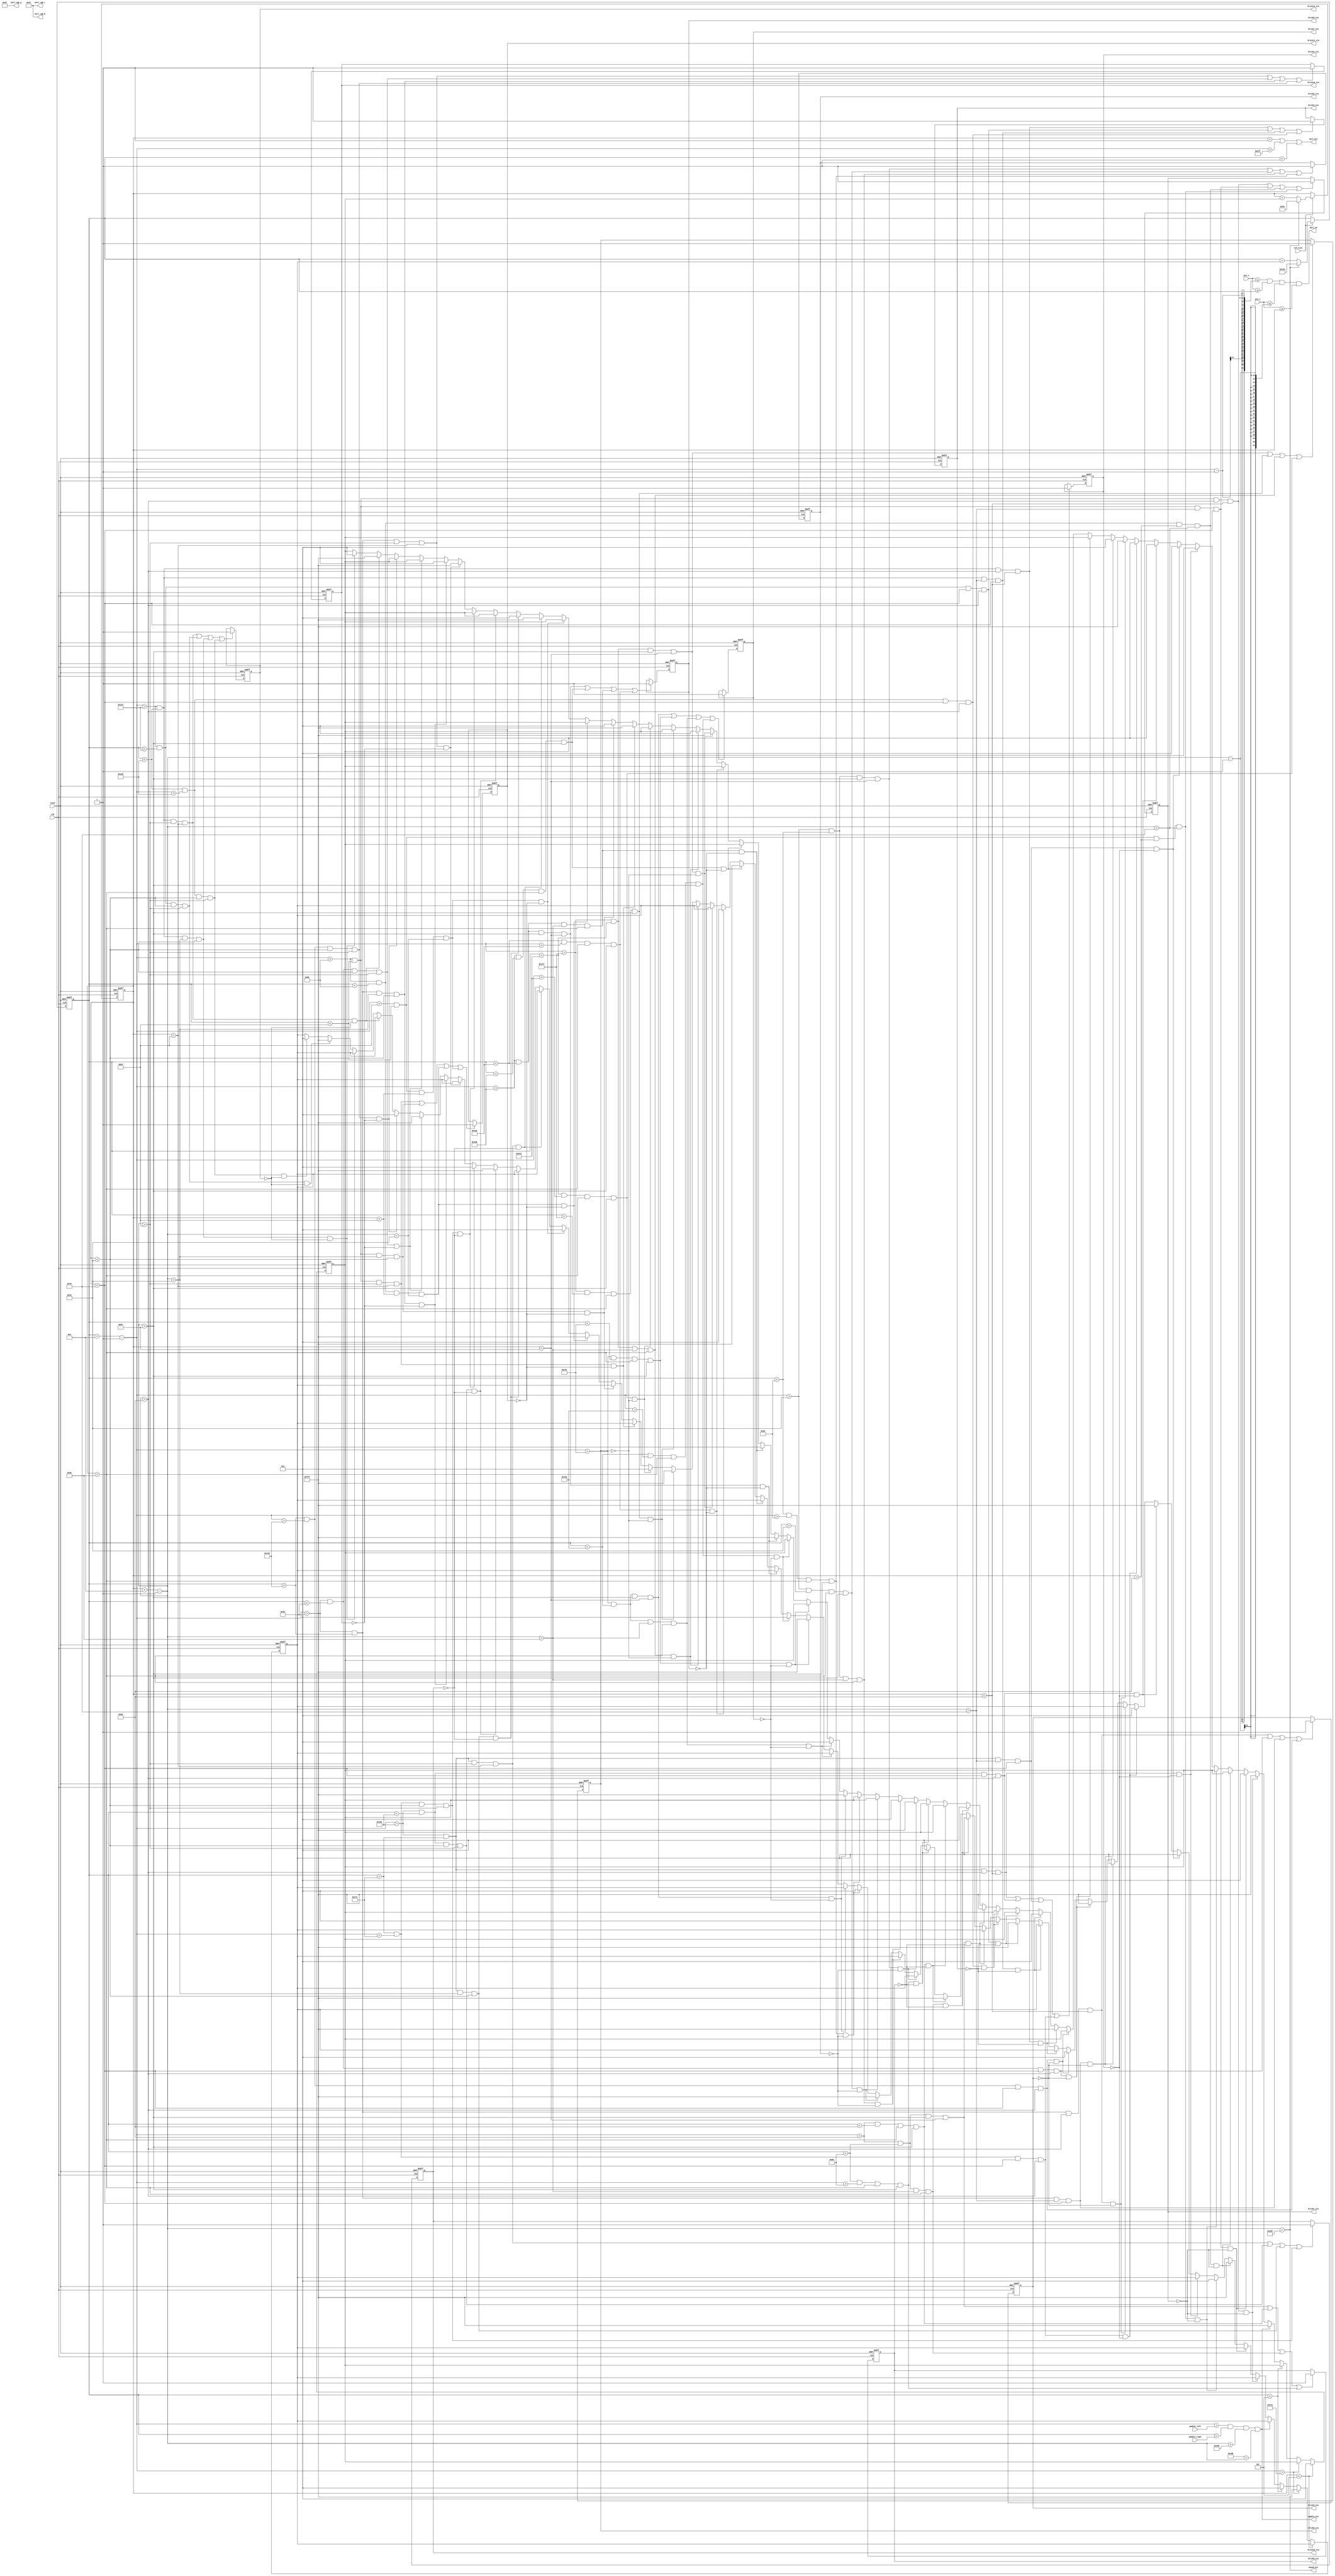
module ball
	#(
		parameter BALL_VEL_P = 1,
		parameter BALL_VEL_N = -1,
		parameter BALL_SIZE = 8,
		parameter MIN_X = 0,
		parameter MIN_Y = 0,
		parameter MAX_X = 640,
		parameter MAX_Y = 480,
		parameter LOWER_LIMIT_X = 5,
		parameter UPPER_LIMIT_X = 635,
		parameter LOWER_LIMIT_Y = 5,
		parameter UPPER_LIMIT_Y = 479,
		parameter BALL_COLOR_r = 5'b11111,
		parameter BALL_COLOR_g = 6'b111111,
		parameter BALL_COLOR_b = 5'b11111,
		parameter PADDLE_SIZE = 64,
		parameter PADDLE_WIDTH = 5,
		//parameter LEFT_PADDLE_X_LOW = 6,
		parameter PADDLE_Y_LOW  = 470,
		
		parameter BRICK1_LEFT = 150,
		parameter BRICK1_RIGHT = 180,
		parameter BRICK1_UP = 100,
		parameter BRICK1_DOWN = 120,
		
		
		parameter BRICK2_LEFT = 350,
		parameter BRICK2_RIGHT = 380,
		parameter BRICK2_UP = 100,
		parameter BRICK2_DOWN = 120,
		
		parameter BRICK3_LEFT = 250,
		parameter BRICK3_RIGHT = 280,
		parameter BRICK3_UP = 100,
		parameter BRICK3_DOWN = 120,
		
		parameter BRICK4_LEFT = 450,
		parameter BRICK4_RIGHT = 480,
		parameter BRICK4_UP = 100,
		parameter BRICK4_DOWN = 120,
		
		parameter BRICK5_LEFT = 100,
		parameter BRICK5_RIGHT = 130,
		parameter BRICK5_UP = 140,
		parameter BRICK5_DOWN = 160,
		
		parameter BRICK6_LEFT = 200,
		parameter BRICK6_RIGHT = 230,
		parameter BRICK6_UP = 140,
		parameter BRICK6_DOWN = 160,
		
		parameter BRICK7_LEFT = 300,
		parameter BRICK7_RIGHT = 330,
		parameter BRICK7_UP = 140,
		parameter BRICK7_DOWN = 160,
		
		parameter BRICK8_LEFT = 400,
		parameter BRICK8_RIGHT = 430,
		parameter BRICK8_UP = 140,
		parameter BRICK8_DOWN = 160,
		
		parameter BRICK9_LEFT = 500,
		parameter BRICK9_RIGHT = 530,
		parameter BRICK9_UP = 140,
		parameter BRICK9_DOWN = 160,
		
		parameter BRICK11_LEFT = 150,
		parameter BRICK11_RIGHT = 180,
		parameter BRICK11_UP = 180,
		parameter BRICK11_DOWN = 200,
		
		
		parameter BRICK12_LEFT = 350,
		parameter BRICK12_RIGHT = 380,
		parameter BRICK12_UP = 180,
		parameter BRICK12_DOWN = 200,
		
		parameter BRICK13_LEFT = 250,
		parameter BRICK13_RIGHT = 280,
		parameter BRICK13_UP = 180,
		parameter BRICK13_DOWN = 200,
		
		parameter BRICK14_LEFT = 450,
		parameter BRICK14_RIGHT = 480,
		parameter BRICK14_UP = 180,
		parameter BRICK14_DOWN = 200
		
		)
	(
		output wall_hit, paddle_hit , 
		output brick1_vis , brick2_vis, brick3_vis, brick4_vis , brick5_vis , brick6_vis, brick7_vis, brick8_vis , brick9_vis, brick11_vis , brick12_vis, brick13_vis, brick14_vis,
		//output brick1_hit , brick2_hit, brick3_hit, brick4_hit , brick5_hit , brick6_hit, brick7_hit, brick8_hit , brick9_hit, brick11_hit , brick12_hit, brick13_hit, brick14_hit,
		output bound_hit,//left_bound_hit,
		output ball_on, 
		//output reg alt_colour,
		output [4:0] ball_rgb_r,ball_rgb_b,
		output [5:0] ball_rgb_g,
		input clk,reset,ref_tick,
		input [10:0] paddle_left,paddle_right,//left_paddle_top,left_paddle_bottem,
		input [10:0]pix_x,pix_y
	);
	
	
	//localparam LEFT_PADDLE_X_HIG = LEFT_PADDLE_X_LOW + PADDLE_WIDTH;
	localparam PADDLE_Y_HIG = PADDLE_Y_LOW + PADDLE_WIDTH;
	
	//ball velociy registors
	reg [10:0] x_vel_reg, y_vel_reg;
	reg [10:0] x_vel_next, y_vel_next;
	reg brick1_reg_vis , brick2_reg_vis , brick3_reg_vis , brick4_reg_vis , brick5_reg_vis , brick6_reg_vis , brick7_reg_vis , brick8_reg_vis, brick9_reg_vis , brick11_reg_vis , brick12_reg_vis , brick13_reg_vis , brick14_reg_vis;
	
	wire brick1_hit_u , brick1_hit_d , brick1_hit_r , brick1_hit_l;
	wire brick2_hit_u , brick2_hit_d , brick2_hit_r , brick2_hit_l;
	wire brick3_hit_u , brick3_hit_d , brick3_hit_r , brick3_hit_l;
	wire brick4_hit_u , brick4_hit_d , brick4_hit_r , brick4_hit_l;
	wire brick5_hit_u , brick5_hit_d , brick5_hit_r , brick5_hit_l;
	wire brick6_hit_u , brick6_hit_d , brick6_hit_r , brick6_hit_l;
	wire brick7_hit_u , brick7_hit_d , brick7_hit_r , brick7_hit_l;
	wire brick8_hit_u , brick8_hit_d , brick8_hit_r , brick8_hit_l;
	wire brick9_hit_u , brick9_hit_d , brick9_hit_r , brick9_hit_l;
	wire brick11_hit_u , brick11_hit_d , brick11_hit_r , brick11_hit_l;
	wire brick12_hit_u , brick12_hit_d , brick12_hit_r , brick12_hit_l;
	wire brick13_hit_u , brick13_hit_d , brick13_hit_r , brick13_hit_l;
	wire brick14_hit_u , brick14_hit_d , brick14_hit_r , brick14_hit_l;
	
	//ball position registors
	reg [10:0] ball_x_reg, ball_y_reg;
	wire [10:0] ball_x_next, ball_y_next;
	
	//ball boundary signals
	wire [10:0] ball_x_low,ball_x_hig,ball_y_low,ball_y_hig;
	
	//brick boundary signals
	wire brick1_next_vis;
	wire brick2_next_vis;
	wire brick3_next_vis;
	wire brick4_next_vis;
	wire brick5_next_vis;
	wire brick6_next_vis;
	wire brick7_next_vis;
	wire brick8_next_vis;
	wire brick9_next_vis;
	wire brick11_next_vis;
	wire brick12_next_vis;
	wire brick13_next_vis;
	wire brick14_next_vis;
	
	 //wire paddle_hit;// right_paddle_hit;
	
	always @(posedge clk,posedge reset)
		if(reset)
		 begin
			x_vel_reg <= BALL_VEL_P;
			y_vel_reg <= BALL_VEL_P;
			ball_x_reg <= MAX_X/2;
			ball_y_reg <= MAX_Y/2;
			brick1_reg_vis <= 0;
			brick2_reg_vis <= 0;
			brick3_reg_vis <= 0;
			brick4_reg_vis <= 0;
			brick5_reg_vis <= 0;
			brick6_reg_vis <= 0;
			brick7_reg_vis <= 0;
			brick8_reg_vis <= 0;
			brick9_reg_vis <= 0;
			brick11_reg_vis <= 0;
			brick12_reg_vis <= 0;
			brick13_reg_vis <= 0;
			brick14_reg_vis <= 0;
		 end
		else
		 begin
			x_vel_reg <= x_vel_next;
			y_vel_reg <= y_vel_next;
			ball_x_reg <= ball_x_next;
			ball_y_reg <= ball_y_next; 
			brick1_reg_vis <= brick1_next_vis;
			brick2_reg_vis <= brick2_next_vis;
			brick3_reg_vis <= brick3_next_vis;
			brick4_reg_vis <= brick4_next_vis;
			brick5_reg_vis <= brick5_next_vis;
			brick6_reg_vis <= brick6_next_vis;
			brick7_reg_vis <= brick7_next_vis;
			brick8_reg_vis <= brick8_next_vis;
			brick9_reg_vis <= brick9_next_vis;
			brick11_reg_vis <= brick11_next_vis;
			brick12_reg_vis <= brick12_next_vis;
			brick13_reg_vis <= brick13_next_vis;
			brick14_reg_vis <= brick14_next_vis;
		 end
	
	//new ball position
	assign ball_x_next = (ref_tick) ? (bound_hit? MAX_X/2 : ball_x_reg + x_vel_reg): ball_x_reg;
	assign ball_y_next = (ref_tick) ? (bound_hit? MAX_Y/2 : ball_y_reg + y_vel_reg): ball_y_reg;
	
	//ball boundaries
	assign ball_x_low = ball_x_reg;
	assign ball_x_hig = ball_x_reg + BALL_SIZE - 1;
	assign ball_y_low = ball_y_reg;
	assign ball_y_hig = ball_y_reg + BALL_SIZE - 1;
	
	//ball velocity calcuations and collision detection
	always @*
	 begin
		x_vel_next = x_vel_reg;
		y_vel_next = y_vel_reg;
		if(ball_y_low < 5)//top
				y_vel_next = BALL_VEL_P;
		
		else if(ball_x_hig > (MAX_X-6)) // right
				x_vel_next = BALL_VEL_N;
 
		else if(ball_x_low < 5) //left
				x_vel_next = BALL_VEL_P;

		else if(paddle_hit)
				y_vel_next = BALL_VEL_N;
				
				//

		else if(brick1_hit_u && (~brick1_vis))
				y_vel_next = BALL_VEL_N;	

		else if(brick1_hit_d && (~brick1_vis))
				y_vel_next = BALL_VEL_P;	
					
		else if(brick1_hit_l && (~brick1_vis))
				x_vel_next = BALL_VEL_N;	

		else if(brick1_hit_r && (~brick1_vis))
				x_vel_next = BALL_VEL_P;
				
				////

		else if(brick2_hit_u && (~brick2_vis))
				y_vel_next = BALL_VEL_N;	

		else if(brick2_hit_d && (~brick2_vis))
				y_vel_next = BALL_VEL_P;	
					
		else if(brick2_hit_l && (~brick2_vis))
				x_vel_next = BALL_VEL_N;	

		else if(brick2_hit_r && (~brick2_vis))
				x_vel_next = BALL_VEL_P;
				
				/////
				
		else if(brick3_hit_u && (~brick3_vis))
				y_vel_next = BALL_VEL_N;	

		else if(brick3_hit_d && (~brick3_vis))
				y_vel_next = BALL_VEL_P;	
					
		else if(brick3_hit_l && (~brick3_vis))
				x_vel_next = BALL_VEL_N;	

		else if(brick3_hit_r && (~brick3_vis))
				x_vel_next = BALL_VEL_P;
				
				/////	

		else if(brick4_hit_u && (~brick4_vis))
				y_vel_next = BALL_VEL_N;	

		else if(brick4_hit_d && (~brick4_vis))
				y_vel_next = BALL_VEL_P;	
					
		else if(brick4_hit_l && (~brick4_vis))
				x_vel_next = BALL_VEL_N;	

		else if(brick4_hit_r && (~brick4_vis))
				x_vel_next = BALL_VEL_P;	

/////	

		else if(brick5_hit_u && (~brick5_vis))
				y_vel_next = BALL_VEL_N;	

		else if(brick5_hit_d && (~brick5_vis))
				y_vel_next = BALL_VEL_P;	
					
		else if(brick5_hit_l && (~brick5_vis))
				x_vel_next = BALL_VEL_N;	

		else if(brick5_hit_r && (~brick5_vis))
				x_vel_next = BALL_VEL_P;
				
				//////

      else if(brick6_hit_u && (~brick6_vis))
				y_vel_next = BALL_VEL_N;	

		else if(brick6_hit_d && (~brick6_vis))
				y_vel_next = BALL_VEL_P;	
					
		else if(brick6_hit_l && (~brick6_vis))
				x_vel_next = BALL_VEL_N;	

		else if(brick6_hit_r && (~brick6_vis))
				x_vel_next = BALL_VEL_P;

				//////

      else if(brick7_hit_u && (~brick7_vis))
				y_vel_next = BALL_VEL_N;	

		else if(brick7_hit_d && (~brick7_vis))
				y_vel_next = BALL_VEL_P;	
					
		else if(brick7_hit_l && (~brick7_vis))
				x_vel_next = BALL_VEL_N;	

		else if(brick7_hit_r && (~brick7_vis))
				x_vel_next = BALL_VEL_P;

//////

      else if(brick8_hit_u && (~brick8_vis))
				y_vel_next = BALL_VEL_N;	

		else if(brick8_hit_d && (~brick8_vis))
				y_vel_next = BALL_VEL_P;	
					
		else if(brick8_hit_l && (~brick8_vis))
				x_vel_next = BALL_VEL_N;	

		else if(brick8_hit_r && (~brick8_vis))
				x_vel_next = BALL_VEL_P;	


//////

      else if(brick9_hit_u && (~brick9_vis))
				y_vel_next = BALL_VEL_N;	

		else if(brick9_hit_d && (~brick9_vis))
				y_vel_next = BALL_VEL_P;	
					
		else if(brick9_hit_l && (~brick9_vis))
				x_vel_next = BALL_VEL_N;	

		else if(brick9_hit_r && (~brick9_vis))
				x_vel_next = BALL_VEL_P;	


//

		else if(brick11_hit_u && (~brick11_vis))
				y_vel_next = BALL_VEL_N;	

		else if(brick11_hit_d && (~brick11_vis))
				y_vel_next = BALL_VEL_P;	
					
		else if(brick11_hit_l && (~brick11_vis))
				x_vel_next = BALL_VEL_N;	

		else if(brick11_hit_r && (~brick11_vis))
				x_vel_next = BALL_VEL_P;
				
				////

		else if(brick12_hit_u && (~brick12_vis))
				y_vel_next = BALL_VEL_N;	

		else if(brick12_hit_d && (~brick12_vis))
				y_vel_next = BALL_VEL_P;	
					
		else if(brick12_hit_l && (~brick12_vis))
				x_vel_next = BALL_VEL_N;	

		else if(brick12_hit_r && (~brick12_vis))
				x_vel_next = BALL_VEL_P;
				
				/////
				
		else if(brick13_hit_u && (~brick13_vis))
				y_vel_next = BALL_VEL_N;	

		else if(brick13_hit_d && (~brick13_vis))
				y_vel_next = BALL_VEL_P;	
					
		else if(brick13_hit_l && (~brick13_vis))
				x_vel_next = BALL_VEL_N;	

		else if(brick13_hit_r && (~brick13_vis))
				x_vel_next = BALL_VEL_P;
				
				/////	

		else if(brick14_hit_u && (~brick14_vis))
				y_vel_next = BALL_VEL_N;	
				
		else if(brick14_hit_d && (~brick14_vis))
				y_vel_next = BALL_VEL_P;	
					
		else if(brick14_hit_l && (~brick14_vis))
				x_vel_next = BALL_VEL_N;	

		else if(brick14_hit_r && (~brick14_vis))
				x_vel_next = BALL_VEL_P;				
			
	 end 
	 
	 
	/* always @*
				if( ((ball_x_low <= 5) && (ball_x_hig >=5)) || ((ball_x_hig >= 635) && (ball_x_low <= 635)) || ((ball_y_low <= 5) && (ball_y_hig >=5)))
						alt_colour = 1;
						
				else		
						alt_colour = 0; */
		
	//output
	assign bound_hit = (ball_y_hig == UPPER_LIMIT_Y);
	//assign right_bound_hit = (ball_x_hig == UPPER_LIMIT_X);
	assign ball_on = ((pix_x <= ball_x_hig - 1) && (pix_x >= ball_x_low) && (pix_y <= ball_y_hig -1) && (pix_y >= ball_y_low));
	assign ball_rgb_r = BALL_COLOR_r;
	assign ball_rgb_g = BALL_COLOR_g;
	assign ball_rgb_b = BALL_COLOR_b;
	assign wall_hit = (ball_y_low < 1) || (ball_x_hig > MAX_X - 1) || (ball_x_low < 1);
	assign paddle_hit = (ball_x_hig > paddle_left) && (ball_x_low < paddle_right) && (ball_y_hig > PADDLE_Y_LOW) &&(PADDLE_Y_HIG > ball_y_hig);
	
	//brick1
	assign brick1_hit_u = (ball_x_hig > BRICK1_LEFT) && (ball_x_low < BRICK1_RIGHT) && (ball_y_hig > BRICK1_UP) && (ball_y_low < BRICK1_UP);
	assign brick1_hit_d = (ball_x_hig > BRICK1_LEFT) && (ball_x_low < BRICK1_RIGHT) && (ball_y_hig > BRICK1_DOWN) && (ball_y_low < BRICK1_DOWN);
	assign brick1_hit_l = (ball_x_hig > BRICK1_LEFT) && (ball_x_low < BRICK1_LEFT) && (ball_y_low > BRICK1_UP) && (ball_y_hig < BRICK1_DOWN);
	assign brick1_hit_r = (ball_x_hig > BRICK1_RIGHT) && (ball_x_low < BRICK1_RIGHT) && (ball_y_low > BRICK1_UP) && (ball_y_hig < BRICK1_DOWN);

	assign brick1_hit = (brick1_hit_u || brick1_hit_d || brick1_hit_l || brick1_hit_r);
	
	assign brick1_next_vis = (brick1_hit) ? 1 : brick1_reg_vis;																				
				
	//brick2
	assign brick2_hit_d = (ball_x_hig > BRICK2_LEFT) && (ball_x_low < BRICK2_RIGHT) && (ball_y_hig > BRICK2_DOWN) && (ball_y_low < BRICK2_DOWN);
	assign brick2_hit_u = (ball_x_hig > BRICK2_LEFT) && (ball_x_low < BRICK2_RIGHT) && (ball_y_hig > BRICK2_UP) && (ball_y_low < BRICK2_UP);
	assign brick2_hit_l = (ball_x_hig > BRICK2_LEFT) && (ball_x_low < BRICK2_LEFT) && (ball_y_low < BRICK2_DOWN) && (ball_y_hig > BRICK2_UP);
	assign brick2_hit_r = (ball_x_low < BRICK2_RIGHT) && (ball_x_hig > BRICK2_RIGHT) && (ball_y_low < BRICK2_DOWN) && (ball_y_hig > BRICK2_UP);

	assign brick2_hit = (brick2_hit_u || brick2_hit_l || brick2_hit_d || brick2_hit_r);
	
	assign brick2_next_vis = (brick2_hit) ? 1 : brick2_reg_vis;

	//brick3
	assign brick3_hit_d = (ball_x_hig > BRICK3_LEFT) && (ball_x_low < BRICK3_RIGHT) && (ball_y_hig > BRICK3_DOWN) && (ball_y_low < BRICK3_DOWN);
	assign brick3_hit_u = (ball_x_hig > BRICK3_LEFT) && (ball_x_low < BRICK3_RIGHT) && (ball_y_hig > BRICK3_UP) && (ball_y_low < BRICK3_UP);
	assign brick3_hit_l = (ball_x_hig > BRICK3_LEFT) &&(ball_x_low < BRICK3_LEFT) && (ball_y_low < BRICK3_DOWN) && (ball_y_hig > BRICK3_UP);
	assign brick3_hit_r = (ball_x_low < BRICK3_RIGHT) && (ball_x_hig > BRICK3_RIGHT) &&(ball_y_low < BRICK3_DOWN) && (ball_y_hig > BRICK3_UP);

	assign brick3_hit = (brick3_hit_u || brick3_hit_l || brick3_hit_d || brick3_hit_r );
	
	assign brick3_next_vis = (brick3_hit) ? 1 : brick3_reg_vis;
	
	//brick4
	assign brick4_hit_d = (ball_x_hig > BRICK4_LEFT) && (ball_x_low < BRICK4_RIGHT) && (ball_y_hig > BRICK4_DOWN) && (ball_y_low < BRICK4_DOWN);
	assign brick4_hit_u = (ball_x_hig > BRICK4_LEFT) && (ball_x_low < BRICK4_RIGHT) && (ball_y_hig > BRICK4_UP) && (ball_y_low < BRICK4_UP);
	assign brick4_hit_l = (ball_x_hig > BRICK4_LEFT) &&(ball_x_low < BRICK4_LEFT) && (ball_y_low < BRICK4_DOWN) && (ball_y_hig > BRICK4_UP);
	assign brick4_hit_r = (ball_x_low < BRICK4_RIGHT) && (ball_x_hig > BRICK4_RIGHT) &&(ball_y_low < BRICK4_DOWN) && (ball_y_hig > BRICK4_UP);

	assign brick4_hit = (brick4_hit_u || brick4_hit_l || brick4_hit_d || brick4_hit_r );
	
	assign brick4_next_vis = (brick4_hit) ? 1 : brick4_reg_vis;
	
	//brick5
	assign brick5_hit_d = (ball_x_hig > BRICK5_LEFT) && (ball_x_low < BRICK5_RIGHT) && (ball_y_hig > BRICK5_DOWN) && (ball_y_low < BRICK5_DOWN);
	assign brick5_hit_u = (ball_x_hig > BRICK5_LEFT) && (ball_x_low < BRICK5_RIGHT) && (ball_y_hig > BRICK5_UP) && (ball_y_low < BRICK5_UP);
	assign brick5_hit_l = (ball_x_hig > BRICK5_LEFT) &&(ball_x_low < BRICK5_LEFT) && (ball_y_low < BRICK5_DOWN) && (ball_y_hig > BRICK5_UP);
	assign brick5_hit_r = (ball_x_low < BRICK5_RIGHT) && (ball_x_hig > BRICK5_RIGHT) &&(ball_y_low < BRICK5_DOWN) && (ball_y_hig > BRICK5_UP);

	assign brick5_hit = (brick5_hit_u || brick5_hit_l || brick5_hit_d || brick5_hit_r );
	
	assign brick5_next_vis = (brick5_hit) ? 1 : brick5_reg_vis;
	
	//brick6
	assign brick6_hit_d = (ball_x_hig > BRICK6_LEFT) && (ball_x_low < BRICK6_RIGHT) && (ball_y_hig > BRICK6_DOWN) && (ball_y_low < BRICK6_DOWN);
	assign brick6_hit_u = (ball_x_hig > BRICK6_LEFT) && (ball_x_low < BRICK6_RIGHT) && (ball_y_hig > BRICK6_UP) && (ball_y_low < BRICK6_UP);
	assign brick6_hit_l = (ball_x_hig > BRICK6_LEFT) &&(ball_x_low < BRICK6_LEFT) && (ball_y_low < BRICK6_DOWN) && (ball_y_hig > BRICK6_UP);
	assign brick6_hit_r = (ball_x_low < BRICK6_RIGHT) && (ball_x_hig > BRICK6_RIGHT) &&(ball_y_low < BRICK6_DOWN) && (ball_y_hig > BRICK6_UP);

	assign brick6_hit = (brick6_hit_u || brick6_hit_l || brick6_hit_d || brick6_hit_r );
	
	assign brick6_next_vis = (brick6_hit) ? 1 : brick6_reg_vis;
	
	//brick7
	assign brick7_hit_d = (ball_x_hig > BRICK7_LEFT) && (ball_x_low < BRICK7_RIGHT) && (ball_y_hig > BRICK7_DOWN) && (ball_y_low < BRICK7_DOWN);
	assign brick7_hit_u = (ball_x_hig > BRICK7_LEFT) && (ball_x_low < BRICK7_RIGHT) && (ball_y_hig > BRICK7_UP) && (ball_y_low < BRICK7_UP);
	assign brick7_hit_l = (ball_x_hig > BRICK7_LEFT) &&(ball_x_low < BRICK7_LEFT) && (ball_y_low < BRICK7_DOWN) && (ball_y_hig > BRICK7_UP);
	assign brick7_hit_r = (ball_x_low < BRICK7_RIGHT) && (ball_x_hig > BRICK7_RIGHT) &&(ball_y_low < BRICK7_DOWN) && (ball_y_hig > BRICK7_UP);

	assign brick7_hit = (brick7_hit_u || brick7_hit_l || brick7_hit_d || brick7_hit_r );
	
	assign brick7_next_vis = (brick7_hit) ? 1 : brick7_reg_vis;
	
	//brick8
	assign brick8_hit_d = (ball_x_hig > BRICK8_LEFT) && (ball_x_low < BRICK8_RIGHT) && (ball_y_hig > BRICK8_DOWN) && (ball_y_low < BRICK8_DOWN);
	assign brick8_hit_u = (ball_x_hig > BRICK8_LEFT) && (ball_x_low < BRICK8_RIGHT) && (ball_y_hig > BRICK8_UP) && (ball_y_low < BRICK8_UP);
	assign brick8_hit_l = (ball_x_hig > BRICK8_LEFT) &&(ball_x_low < BRICK8_LEFT) && (ball_y_low < BRICK8_DOWN) && (ball_y_hig > BRICK8_UP);
	assign brick8_hit_r = (ball_x_low < BRICK8_RIGHT) && (ball_x_hig > BRICK8_RIGHT) &&(ball_y_low < BRICK8_DOWN) && (ball_y_hig > BRICK8_UP);

	assign brick8_hit = (brick8_hit_u || brick8_hit_l || brick8_hit_d || brick8_hit_r );
	assign brick8_next_vis = (brick8_hit) ? 1 : brick8_reg_vis;

	//brick9
	assign brick9_hit_d = (ball_x_hig > BRICK9_LEFT) && (ball_x_low < BRICK9_RIGHT) && (ball_y_hig > BRICK9_DOWN) && (ball_y_low < BRICK9_DOWN);
	assign brick9_hit_u = (ball_x_hig > BRICK9_LEFT) && (ball_x_low < BRICK9_RIGHT) && (ball_y_hig > BRICK9_UP) && (ball_y_low < BRICK9_UP);
	assign brick9_hit_l = (ball_x_hig > BRICK9_LEFT) &&(ball_x_low < BRICK9_LEFT) && (ball_y_low < BRICK9_DOWN) && (ball_y_hig > BRICK9_UP);
	assign brick9_hit_r = (ball_x_low < BRICK9_RIGHT) && (ball_x_hig > BRICK9_RIGHT) &&(ball_y_low < BRICK9_DOWN) && (ball_y_hig > BRICK9_UP);

	assign brick9_hit = (brick9_hit_u || brick9_hit_l || brick9_hit_d || brick9_hit_r );
	assign brick9_next_vis = (brick9_hit) ? 1 : brick9_reg_vis;
	
	
	//brick11
	assign brick11_hit_u = (ball_x_hig > BRICK11_LEFT) && (ball_x_low < BRICK11_RIGHT) && (ball_y_hig > BRICK11_UP) && (ball_y_low < BRICK11_UP);
	assign brick11_hit_d = (ball_x_hig > BRICK11_LEFT) && (ball_x_low < BRICK11_RIGHT) && (ball_y_hig > BRICK11_DOWN) && (ball_y_low < BRICK11_DOWN);
	assign brick11_hit_l = (ball_x_hig > BRICK11_LEFT) && (ball_x_low < BRICK11_LEFT) && (ball_y_low > BRICK11_UP) && (ball_y_hig < BRICK11_DOWN);
	assign brick11_hit_r = (ball_x_hig > BRICK11_RIGHT) && (ball_x_low < BRICK11_RIGHT) && (ball_y_low > BRICK11_UP) && (ball_y_hig < BRICK11_DOWN);

	assign brick11_hit = (brick11_hit_u || brick11_hit_d || brick11_hit_l || brick11_hit_r);
	
	assign brick11_next_vis = (brick11_hit) ? 1 : brick11_reg_vis;																				
				
	//brick2
	assign brick12_hit_d = (ball_x_hig > BRICK12_LEFT) && (ball_x_low < BRICK12_RIGHT) && (ball_y_hig > BRICK12_DOWN) && (ball_y_low < BRICK12_DOWN);
	assign brick12_hit_u = (ball_x_hig > BRICK12_LEFT) && (ball_x_low < BRICK12_RIGHT) && (ball_y_hig > BRICK12_UP) && (ball_y_low < BRICK12_UP);
	assign brick12_hit_l = (ball_x_hig > BRICK12_LEFT) && (ball_x_low < BRICK12_LEFT) && (ball_y_low < BRICK12_DOWN) && (ball_y_hig > BRICK12_UP);
	assign brick12_hit_r = (ball_x_low < BRICK12_RIGHT) && (ball_x_hig > BRICK12_RIGHT) && (ball_y_low < BRICK12_DOWN) && (ball_y_hig > BRICK12_UP);

	assign brick12_hit = (brick12_hit_u || brick12_hit_l || brick12_hit_d || brick12_hit_r);
	
	assign brick12_next_vis = (brick12_hit) ? 1 : brick12_reg_vis;

	//brick3
	assign brick13_hit_d = (ball_x_hig > BRICK13_LEFT) && (ball_x_low < BRICK13_RIGHT) && (ball_y_hig > BRICK13_DOWN) && (ball_y_low < BRICK13_DOWN);
	assign brick13_hit_u = (ball_x_hig > BRICK13_LEFT) && (ball_x_low < BRICK13_RIGHT) && (ball_y_hig > BRICK13_UP) && (ball_y_low < BRICK13_UP);
	assign brick13_hit_l = (ball_x_hig > BRICK13_LEFT) &&(ball_x_low < BRICK13_LEFT) && (ball_y_low < BRICK13_DOWN) && (ball_y_hig > BRICK13_UP);
	assign brick13_hit_r = (ball_x_low < BRICK13_RIGHT) && (ball_x_hig > BRICK13_RIGHT) &&(ball_y_low < BRICK13_DOWN) && (ball_y_hig > BRICK13_UP);

	assign brick13_hit = (brick13_hit_u || brick13_hit_l || brick13_hit_d || brick13_hit_r );
	
	assign brick13_next_vis = (brick13_hit) ? 1 : brick13_reg_vis;
	
	//brick14
	assign brick14_hit_d = (ball_x_hig > BRICK14_LEFT) && (ball_x_low < BRICK14_RIGHT) && (ball_y_hig > BRICK14_DOWN) && (ball_y_low < BRICK14_DOWN);
	assign brick14_hit_u = (ball_x_hig > BRICK14_LEFT) && (ball_x_low < BRICK14_RIGHT) && (ball_y_hig > BRICK14_UP) && (ball_y_low < BRICK14_UP);
	assign brick14_hit_l = (ball_x_hig > BRICK14_LEFT) &&(ball_x_low < BRICK14_LEFT) && (ball_y_low < BRICK14_DOWN) && (ball_y_hig > BRICK14_UP);
	assign brick14_hit_r = (ball_x_low < BRICK14_RIGHT) && (ball_x_hig > BRICK14_RIGHT) &&(ball_y_low < BRICK14_DOWN) && (ball_y_hig > BRICK14_UP);

	assign brick14_hit = (brick14_hit_u || brick14_hit_l || brick14_hit_d || brick14_hit_r );
	
	assign brick14_next_vis = (brick14_hit) ? 1 : brick14_reg_vis;

	

		assign brick1_vis = brick1_reg_vis;	
		assign brick2_vis = brick2_reg_vis;
		assign brick3_vis = brick3_reg_vis;
		assign brick4_vis = brick4_reg_vis;
		assign brick5_vis = brick5_reg_vis;
		assign brick6_vis = brick6_reg_vis;
		assign brick7_vis = brick7_reg_vis;
		assign brick8_vis = brick8_reg_vis;
		assign brick9_vis = brick9_reg_vis;
		assign brick11_vis = brick11_reg_vis;	
		assign brick12_vis = brick12_reg_vis;
		assign brick13_vis = brick13_reg_vis;
		assign brick14_vis = brick14_reg_vis;

endmodule